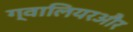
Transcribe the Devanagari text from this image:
ग्वालियरऔर